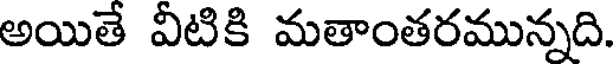
అయితే వీటికి మతాంతరమున్నది.